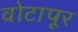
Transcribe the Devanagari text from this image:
वोटापूर